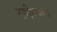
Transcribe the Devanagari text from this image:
राधेष्याम